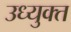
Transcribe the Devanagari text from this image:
उध्युक्त